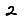
Digit: 2